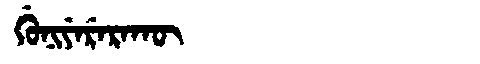
Manchu: ᡤᡠᠨᡳᠶᡝᡵᡝᡵᠠᡴᡡ
Romanization: GUNIYERERAKŪ